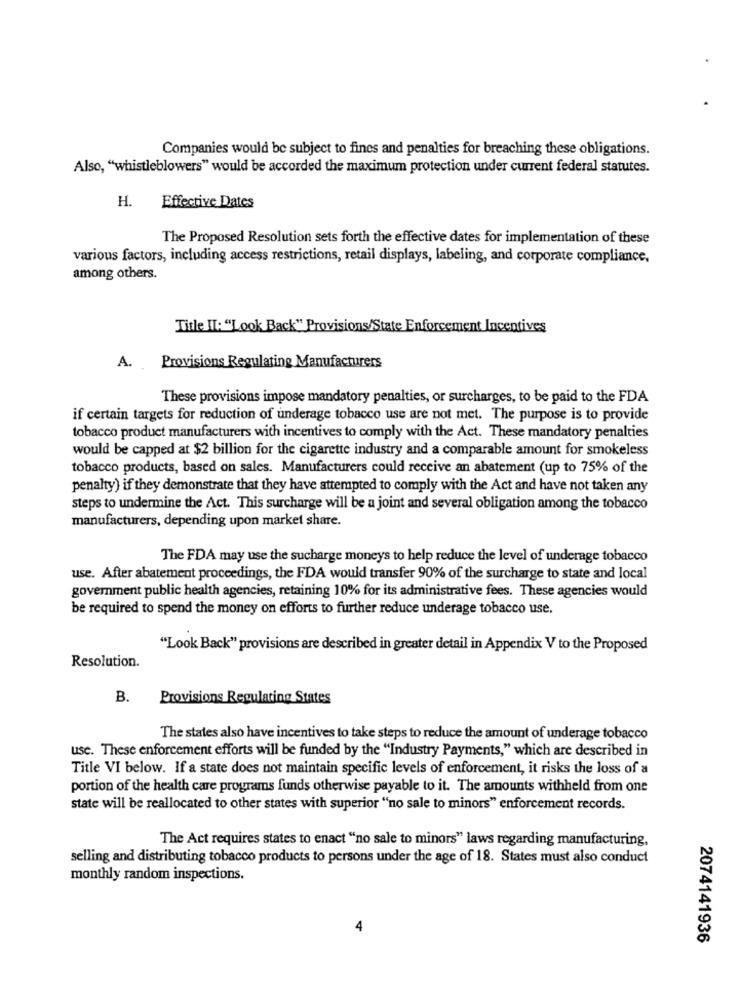
Companies would be subject to fines and penalties for breaching these obligations.
Also, "whistleblowers" would be accorded the maximum protection under current federal statutes.
H.
Effective Dates
The Proposed Resolution sets forth the effective dates for implementation of these
various factors, including access restrictions, retail displays, labeling, and corporate compliance,
among others.
Title I: "Look Back" Provisions/State Enforcement Incentives
A.
Provisions Regulating Manufacturers
These provisions impose mandatory penalties, or surcharges, to be paid to the FDA
if certain targets for reduction of underage tobacco use are not met. The purpose is to provide
tobacco product manufacturers with incentives to comply with the Act. These mandatory penalties
would be capped at $2 billion for the cigarette industry and a comparable amount for smokeless
tobacco products, based on sales. Manufacturers could receive an abatement (up to 75% of the
penalty) if they demonstrate that they have attempted to comply with the Act and have not taken any
steps to undermine the Act. This surcharge will be a joint and several obligation among the tobacco
manufacturers, depending upon market share.
The FDA may use the sucharge moneys to help reduce the level of underage tobacco
use. After abatement proceedings, the FDA would transfer 90% of the surcharge to state and local
government public health agencies, retaining 10% for its administrative fees. These agencies would
be required to spend the money on efforts to further reduce underage tobacco use.
"Look Back" provisions are described in greater detail in Appendix V to the Proposed
Resolution.
B.
Provisions Regulating States
The states also have incentives to take steps to reduce the amount of underage tobacco
use. These enforcement efforts will be funded by the "Industry Payments," which are described in
Title VI below. If a state does not maintain specific levels of enforcement, it risks the loss of a
portion of the health care programs funds otherwise payable to it. The amounts withheld from one
state will be reallocated to other states with superior "no sale to minors" enforcement records.
The Act requires states to enact "no sale to minors" laws regarding manufacturing,
selling and distributing tobacco products to persons under the age of 18. States must also conduct
monthly random inspections.
4
2074141936